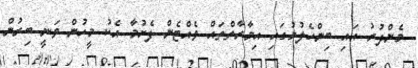
މެންދުރު އައި ބިންހެލުމުގައި އިމާރާތްތައް ވެއްޓެން ފެށުމާ އެކު މީހުން ވަނީ ބިރުން